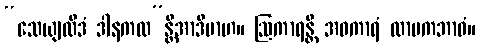
“သေယျထိဒံ ဒါနကထ”န္တိအာဒိမာဟ။ ဩကာရန္တိ အဝကာရံ လာမကဘာဝံ။